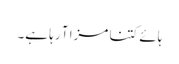
ہائے کتنا مزا آ رہا ہے۔